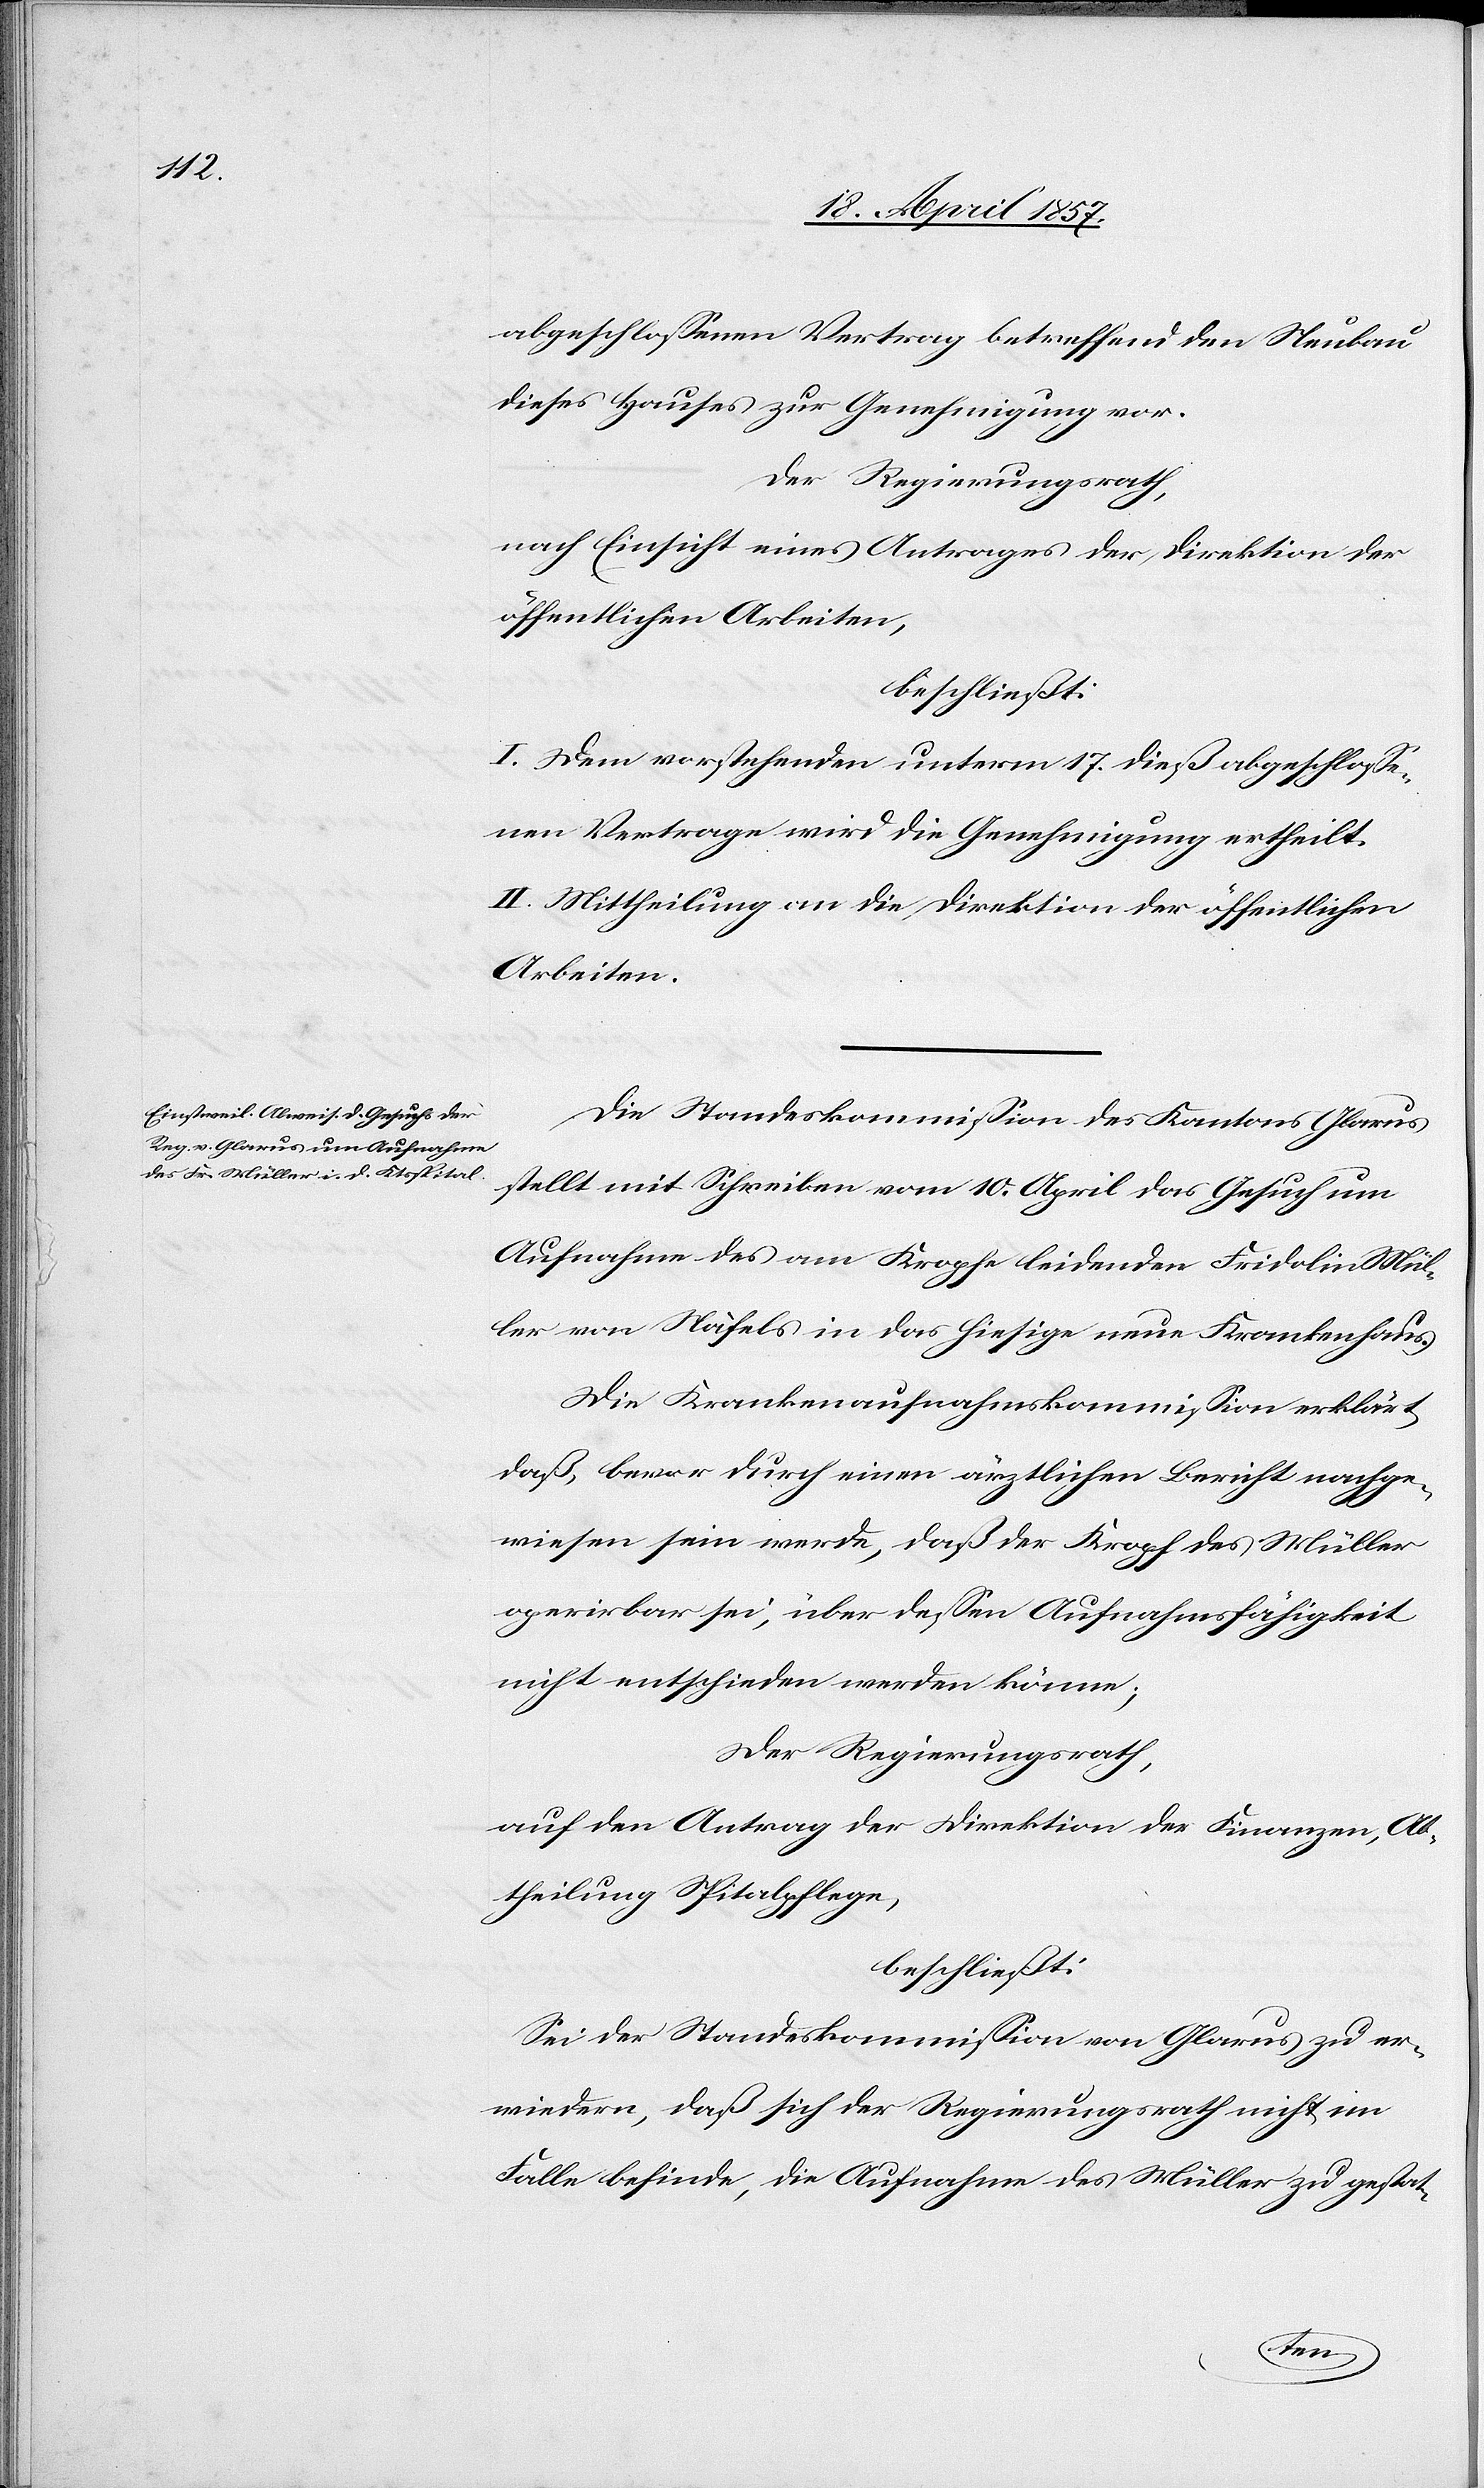
abgeschlossenen Vertrag betreffend den Neubau
dieses Hauses zur Genehmigung vor.
Der Regierungsrath,
nach Einsicht eines Antrages der Direktion der
öffentlichen Arbeiten,
beschließt:
I. Dem vorstehenden unterm 17. dieß abgeschlosse¬
nen Vertrage wird die Genehmigung ertheilt.
II. Mittheilung an die Direktion der öffentlichen
Arbeiten.
Die Standeskommission des Kantons Glarus
stellt mit Schreiben vom 10. April das Gesuch um
Aufnahme des am Kropfe leidenden Fridolin Mül¬
ler von Näfels in das hiesige neue Krankenhaus.
Die Krankenaufnahmskommission erklärt,
daß, bevor durch einen ärztlichen Bericht nachge¬
wiesen sein werde, daß der Kropf des Müller
operirbar sei, über dessen Aufnahmsfähigkeit
nicht entschieden werden könne;
Der Regierungsrath,
auf den Antrag der Direktion der Finanzen, Ab¬
theilung Spitalpflege,
beschließt:
Sei der Standeskommission von Glarus zu er¬
wiedern, daß sich der Regierungsrath nicht im
Falle befinde, die Aufnahme des Müller zu gestat-